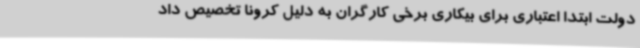
دولت ابتدا اعتباری برای بیکاری برخی کارگران به دلیل کرونا تخصیص داد